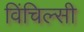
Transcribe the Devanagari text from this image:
विंचिल्सी